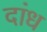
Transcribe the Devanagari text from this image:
दांध